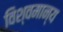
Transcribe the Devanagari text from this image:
विश्वमान्य